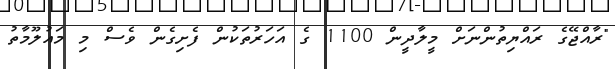
"ރާއްޖޭގެ ރައްޔިތުންނަށް މީލާދީން 1100 ގެ އަހަރުތަކުން ފެށިގެން ވެސް މި މައުލޫމާތު